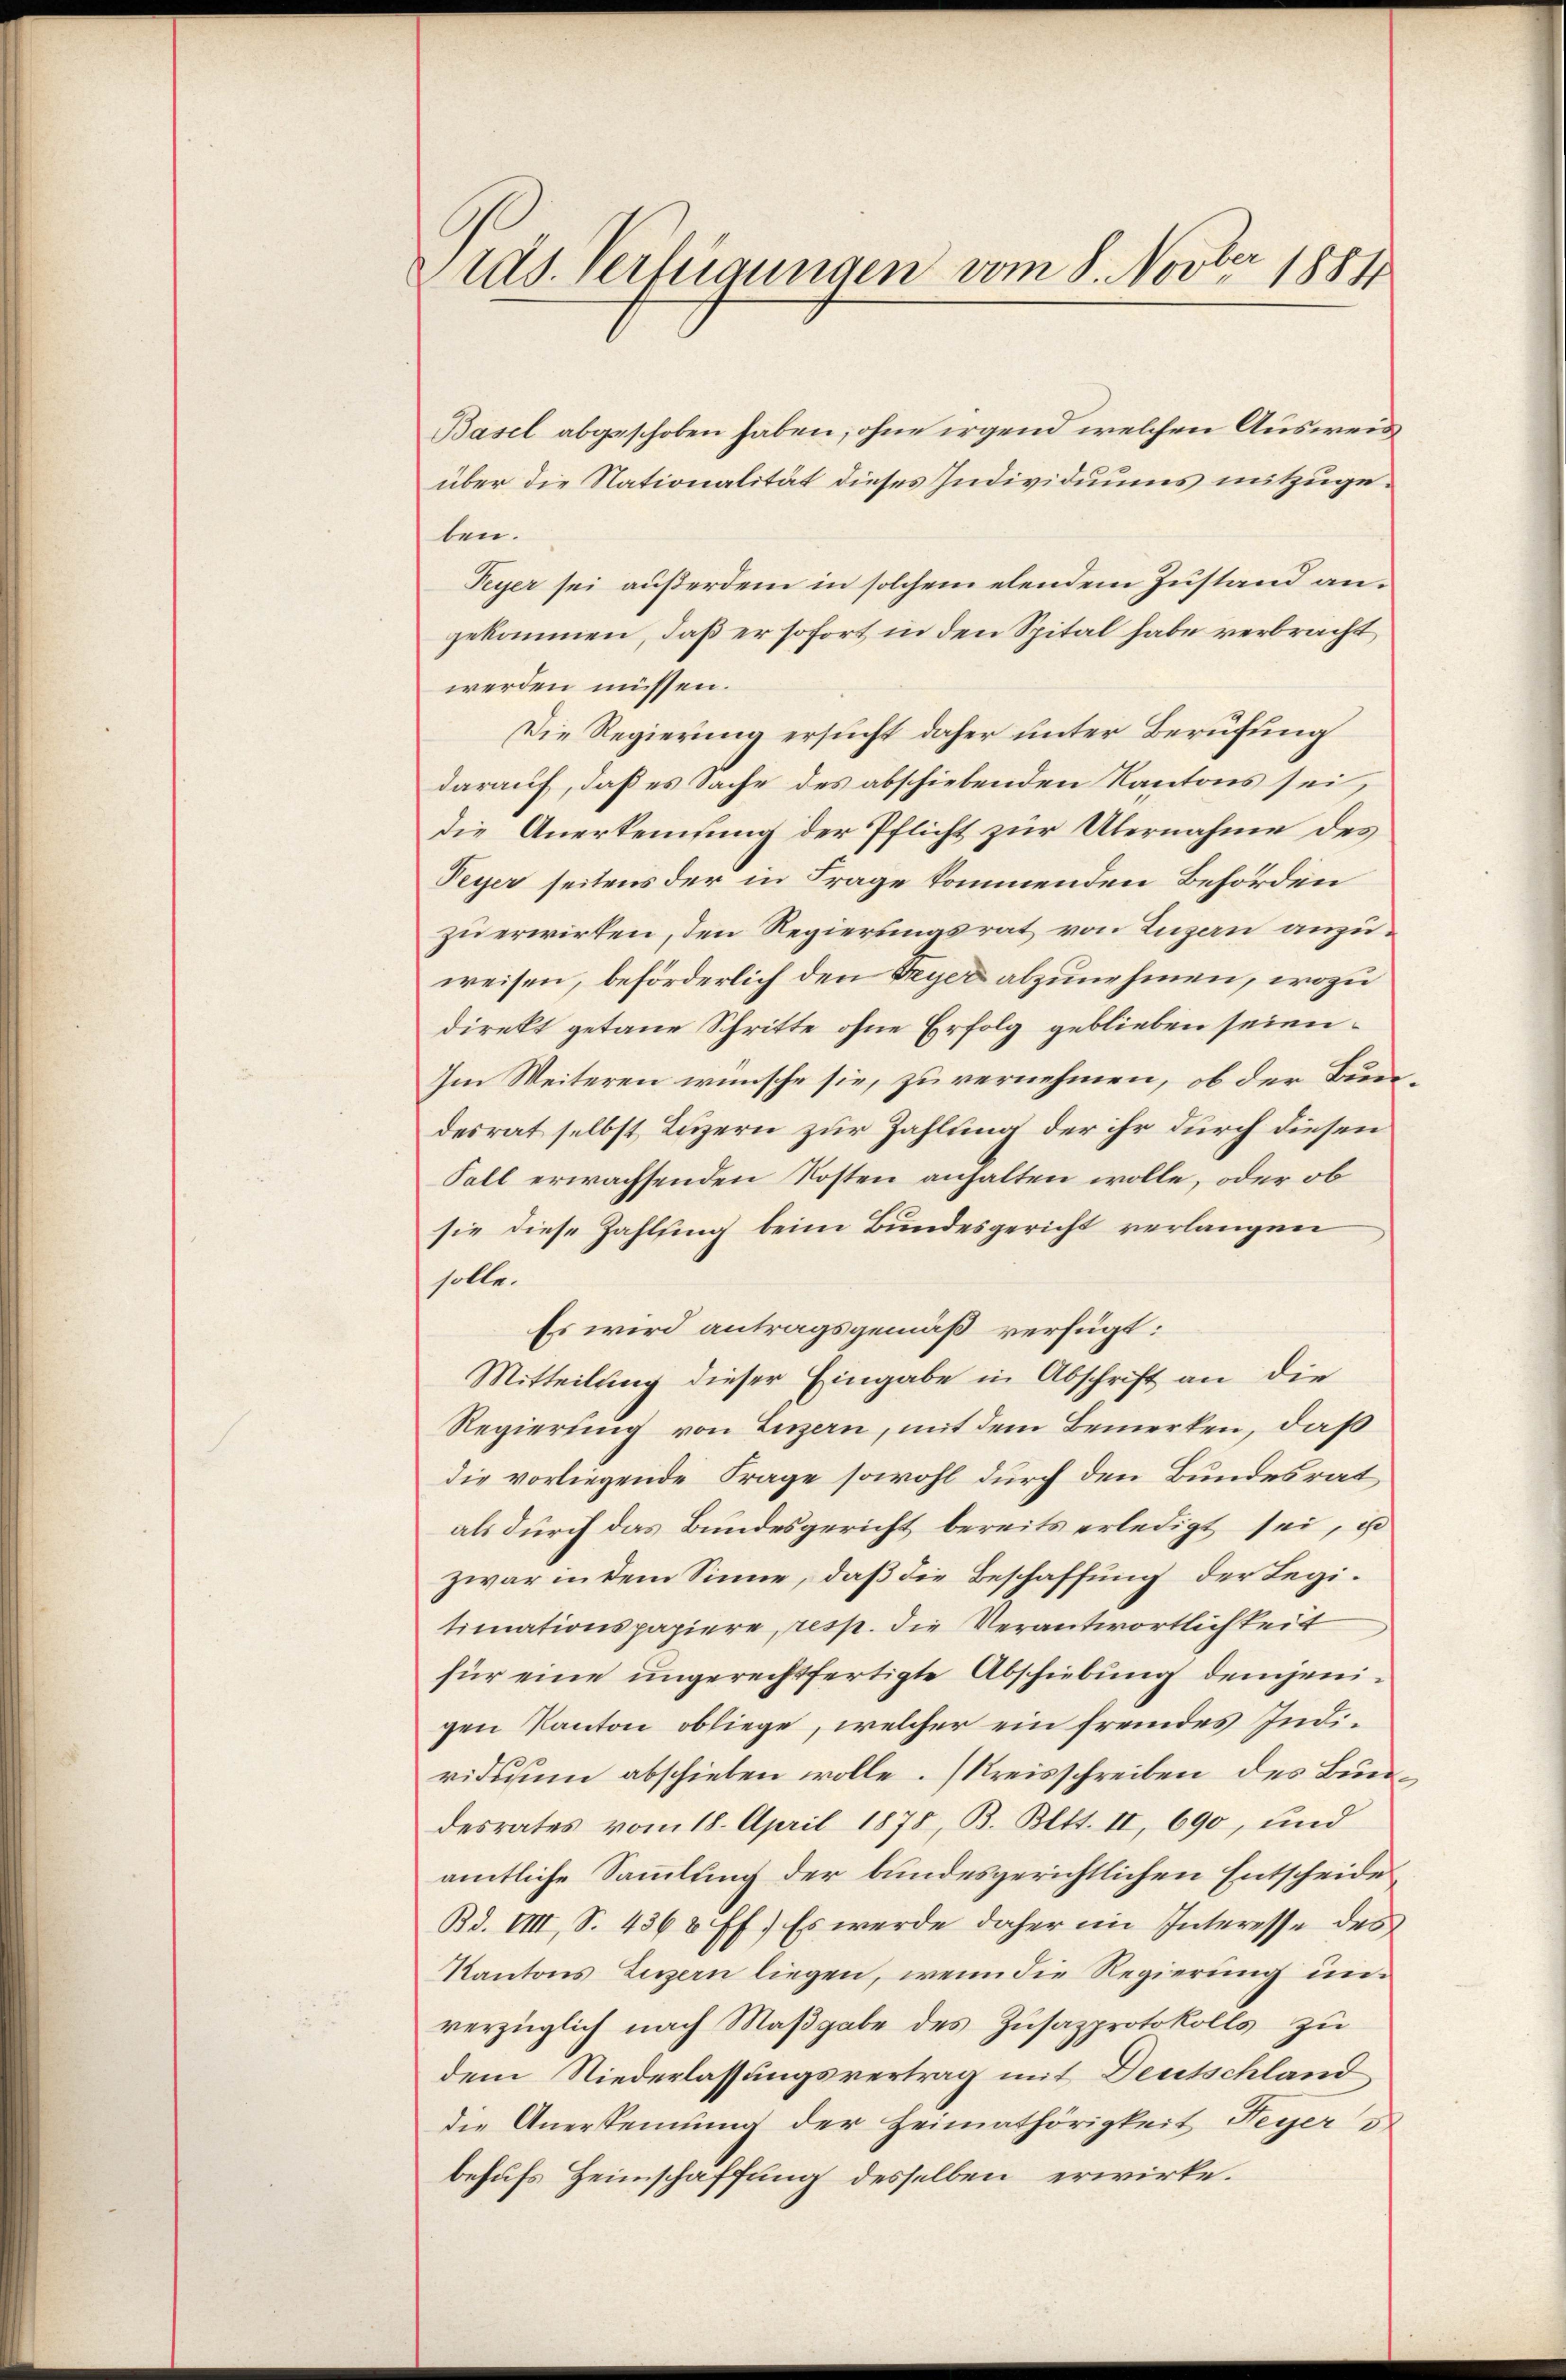
Cras. Verfügungen vom 8. Novber 1881

Basel abgeschoben haben, ohne irgend welchen Ausweis
über die Nationalität dieses Individuums mitzugeben.
Peyer sei außerdem in solchem elendem Zustand angekommen, daß er sofort in den Spital habe verbracht
werden müssen.
Die Regierung ersucht daher unter Berufung
darauf, daß es Sache des abschiebenden Kantons sei,
die Anerkennung der Pflicht zur Übernahme des
Peyer seitens der in Frage kommenden Behörden
zu erwirken, den Regierungsrat von Luzern anzuweisen, beförderlich den Greyer abzunehmen, wozu
direkt getane Schritte ohne Erfolg geblieben seien.
Im Weiteren wünsche sie, zu vernehmen, ob der Bundesrat selbst Luzern zur Zahlung der ihr durch diesen
Fall erwachsenden Kosten anhalten wolle, oder ob
sie diese Zahlsing beim Bundesgericht verlangen
solle.
Es wird antragsgemäß verfügt:
Mitteilung dieser Eingabe in Abschrift an die
Regierung von Luzern, mit dem Bemerken, daß
die vorliegende Frage sowohl durch den Bundesrat
als durch das Bundesgericht bereits erledigt sei, is
zwar in dem Sinne, daß die Beschaffung der Legitimationspapiere resp. die Verantwortlichkeit
für eine ungerechtfertigte Abschiebung demjenigen Kanton obliege, welcher ein fremdes Indiriduum abschieben wolle. (Kreisschreiben des Bundesrates vom 18. April 1878, B. Bett. II, 690, und
amtliche Sammlung der bundesgerichtlichen Entscheide
Bd. VIII, S. 4368 ff.) Es werde daher ein Interesse des
Kantons Legern liegen, wenn die Regierung unverzüglich nach Maßgabe des Zusazprotokolls zu
dem Niederlassungsvertrag mit Deutschland
die Anerkennung der Heimathörigkeit Feyer s
behufs Heimschaffung desselben erwirke.